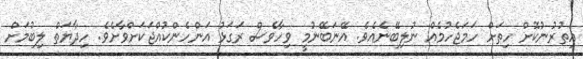
އިތުރުނުކޮށް ހިތަށް ހަމަޖެހުމެއް ނުލިބޭނެއެވެ. އޭނަބޭނުމީ ވިހާވެސް ރަގަޅު އަންހެންކުއްޖަކަށްވާށެވެ. ހިދާޔަތް ލިބުމަށް